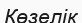
Көзелік